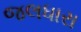
જલધારા